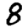
Digit: 8